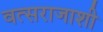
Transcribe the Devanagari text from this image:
वत्सराजाशी